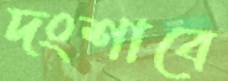
দংশাবে